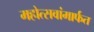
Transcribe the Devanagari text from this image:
महोत्सवांमार्फत